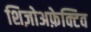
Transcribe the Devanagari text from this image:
शिज़ोअफ़ेक्टिव